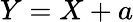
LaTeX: Y=X+a